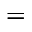
=